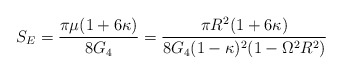
\begin{align*}S_{E} = \frac{\pi\mu (1+ 6\kappa)}{8G_{4}} = \frac{\pi R^2 (1+ 6\kappa)}{8G_{4}(1-\kappa)^2 (1 - \Omega^{2}R^{2})}\end{align*}